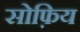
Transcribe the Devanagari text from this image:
सोफ़िय